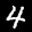
Label: 4